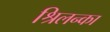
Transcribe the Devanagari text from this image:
श्रिलन्का